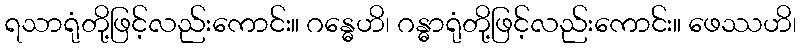
ရသာရုံတို့ဖြင့်လည်းကောင်း။ ဂန္ဓေဟိ၊ ဂန္ဓာရုံတို့ဖြင့်လည်းကောင်း။ ဖေဿဟိ၊